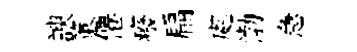
諛策僊癈扁處渤急